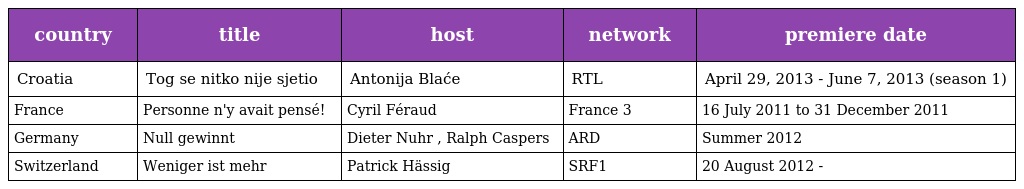
| country | title | host | network | premiere date |
 | --- | --- | --- | --- | --- |
 | Croatia | Tog se nitko nije sjetio | Antonija Blaće | RTL | April 29, 2013 - June 7, 2013 (season 1) |
 | France | Personne n'y avait pensé! | Cyril Féraud | France 3 | 16 July 2011 to 31 December 2011 |
 | Germany | Null gewinnt | Dieter Nuhr , Ralph Caspers | ARD | Summer 2012 |
 | Switzerland | Weniger ist mehr | Patrick Hässig | SRF1 | 20 August 2012 - |